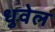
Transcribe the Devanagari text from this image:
धुवेल